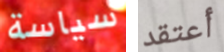
سياسة أعتقد